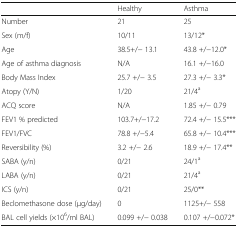
<table><thead><tr><td></td><td><b>Healthy</b></td><td><b>Asthma</b></td></tr></thead><tbody><tr><td>Number</td><td>21</td><td>25</td></tr><tr><td>Sex (m/f)</td><td>10/11</td><td>13/12*</td></tr><tr><td>Age</td><td>38.5+/− 13.1</td><td>43.8 +/−12.0*</td></tr><tr><td>Age of asthma diagnosis</td><td>N/A</td><td>16.1 +/−16.0</td></tr><tr><td>Body Mass Index</td><td>25.7 +/− 3.5</td><td>27.3 +/− 3.3*</td></tr><tr><td>Atopy (Y/N)</td><td>1/20</td><td>21/4<sup>a</sup></td></tr><tr><td>ACQ score</td><td>N/A</td><td>1.85 +/− 0.79</td></tr><tr><td>FEV1 % predicted</td><td>103.7+/−17.2</td><td>72.4 +/− 15.5***</td></tr><tr><td>FEV1/FVC</td><td>78.8 +/−5.4</td><td>65.8 +/− 10.4***</td></tr><tr><td>Reversibility (%)</td><td>3.2 +/− 2.6</td><td>18.9 +/− 17.4**</td></tr><tr><td>SABA (y/n)</td><td>0/21</td><td>24/1<sup>a</sup></td></tr><tr><td>LABA (y/n)</td><td>0/21</td><td>21/4<sup>a</sup></td></tr><tr><td>ICS (y/n)</td><td>0/21</td><td>25/0**</td></tr><tr><td>Beclomethasone dose (μg/day)</td><td>0</td><td>1125+/− 558</td></tr><tr><td>BAL cell yields (×10<sup>6</sup>/ml BAL)</td><td>0.099 +/− 0.038</td><td>0.107 +/−0.072*</td></tr></tbody></table>